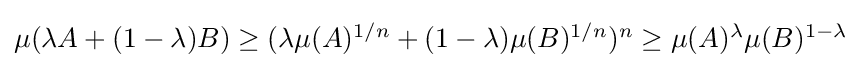
{\textstyle \mu (\lambda A+(1-\lambda )B)\geq (\lambda \mu (A)^{1/n}+(1-\lambda )\mu (B)^{1/n})^{n}\geq \mu (A)^{\lambda }\mu (B)^{1-\lambda }}